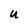
Character: U